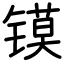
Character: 镆